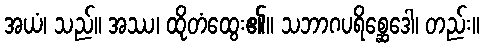
အယံ၊ သည်။ အဿ၊ ထိုတံထွေး၏။ သဘာဂပရိစ္ဆေဒေါ၊ တည်း။